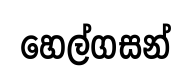
හෙල්ගසන්